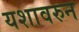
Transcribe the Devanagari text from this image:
यशावरुन